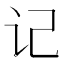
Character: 记